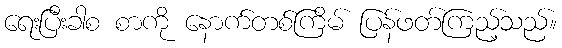
ရေးပြီးခါစ စာကို နောက်တစ်ကြိမ် ပြန်ဖတ်ကြည့်သည်။